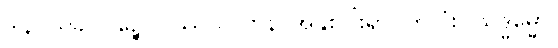
ဒါနိ၊ ယခု။ ပဉ္စေဝဝဿသတာနိ၊ အနှစ်ငါးရာပတ်လုံး။ သဒ္ဓမ္မော၊